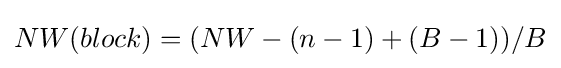
NW(block)=(NW-(n-1)+(B-1))/B